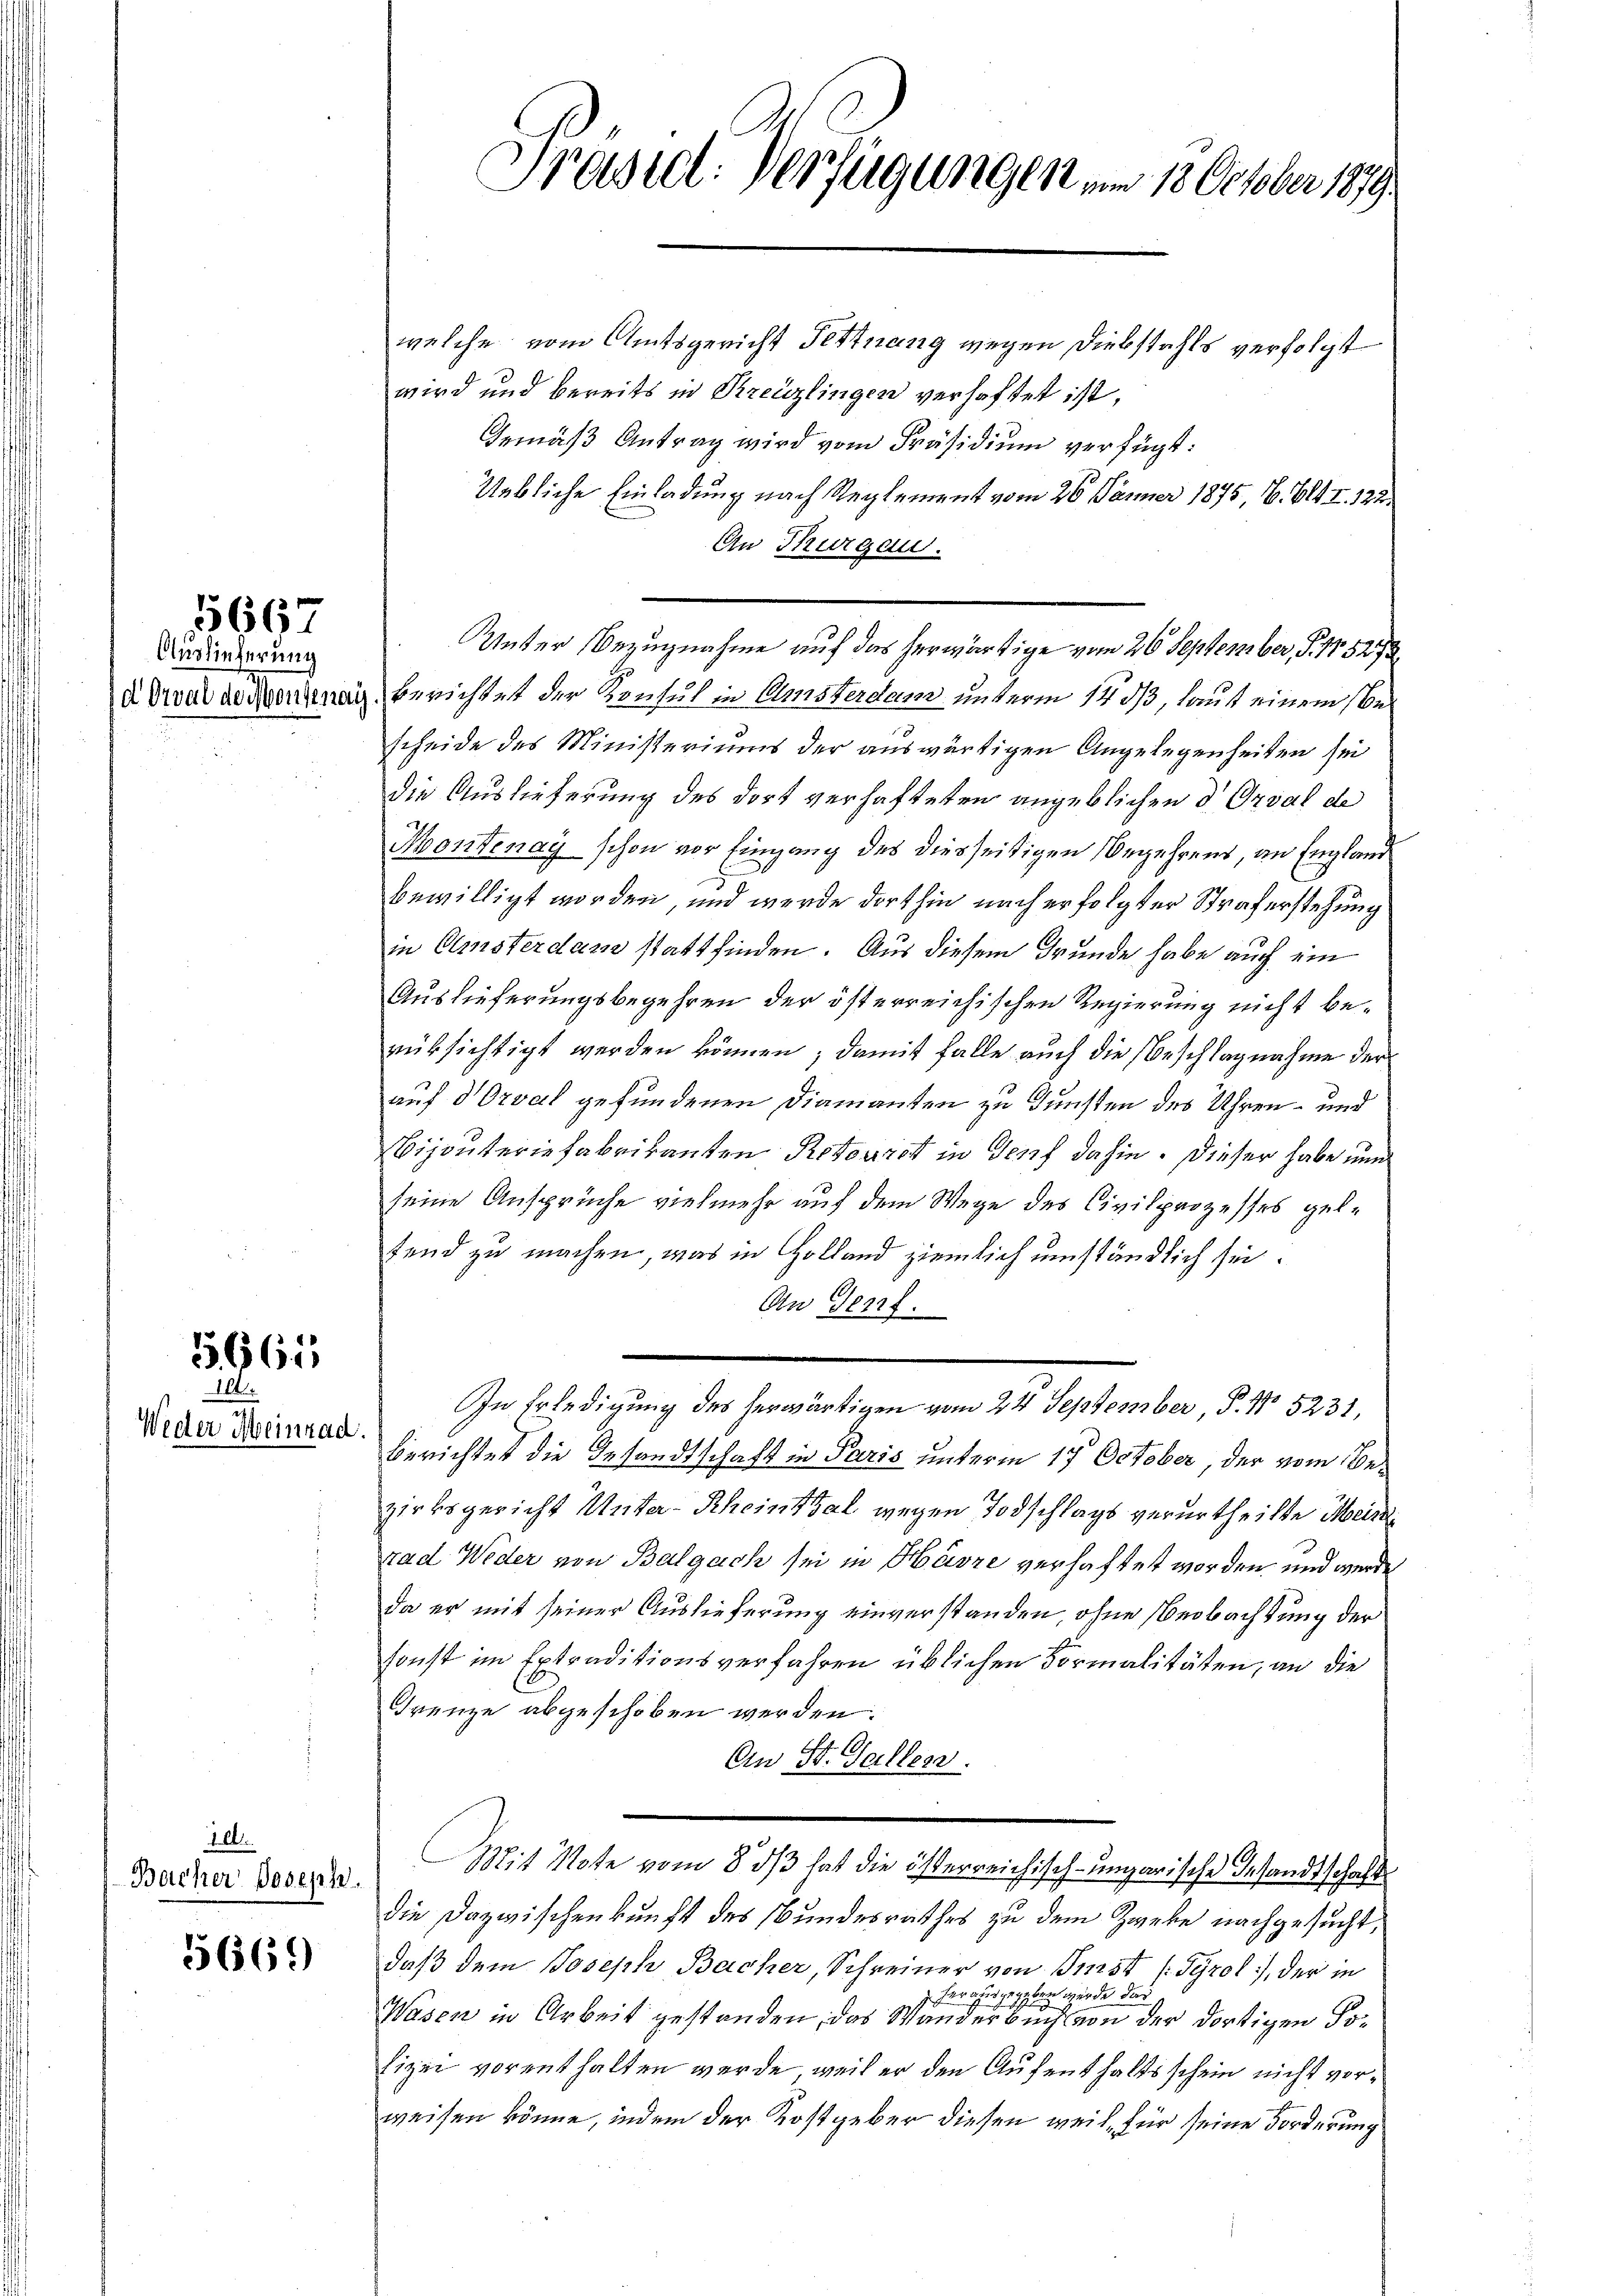
15667
Auslieferung

55661
111.

Weder Meinrad.

10
Bacher Joseph.

5669)

welche vom Amtsgericht Tettnung wegen Diebstahls verfolgt
wird und bereits in Kreuzlingen verhaftet ist,
Gemäß Antrag wird vom Präsidium verfügt:
Uebliche Einladung nach Reglement vom 26. Jänner 1875, 16. 64. I. 122.
An Thurgau.
Unter Bezugnahme auf das herwärtige vom 26 September, S. 11. 5273.
d was gedientag berichtet der Konsul in Ansterdam unterm 14. ds, laut einem Bescheide des Ministeriums der auswärtigen Angelegenheiten sei
die Auslieferung des dort verhafteten angeblichen d. Orval de
Kontenay schon vor Eingang des diesseitigen Begehrens, an England
bewilligt worden, und werde dorthin nach erfolgter Straferstehung
in Amsterdam stattfinden. Aus diesem Grunde habe auch ein
Auslieferungsbegehren der österreichischen Regierung nicht berüksichtigt werden können; damit falle auch die Beschlagnahme der
auf d Orval gefundenen Diamanten zu Gunsten des Uhren- und
Bijouteriefabrikanten Retourst in Genf dahin. Dieser habe nu
seine Ansprüche vielmehr auf dem Wege des Civilprozesses geltend zu machen, was in Holland ziemlich umständlich sei.
An Terrf.
In Erledigung des herwärtigen vom 24 September, P. No 5231,
berichtet die Gesandtschaft in Paris unterm 17. October, der vom Bezirksgericht Unter-Rheinthal wegen Todschlags verurtheilte Meist
rad Weder von Balgach sei in Häsze verhaftet worden, und werde
da er mit seiner Auslieferung einverstanden, ohne Beobachtung der
sonst im Extraditionsverfahren üblichen Formalitäten, an die
Frenze abgeschoben werden.
Ch
An 30. Galler.
Mit Note vom 8. ds hat die österreichisch-ungarische Gesandtschaft
die Dazwischenkunft des Bundesrathes zu dem Zweke nachgesucht,
daß dem Joseph Bacher, Schreiner von Bist (Tyrol, der in
herausgegeben werde das
Wasen in Arbeit gestanden, das Wander Buch von der dortigen Solizei vorenthalten werde, weil er den Aufenthaltsschein nicht verweisen könne, indem der Kostgeber diesen weil, für seine Forderung

Präseel. Verfügungen am 1. October 1879